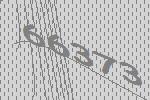
66373